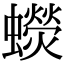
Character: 𧓌